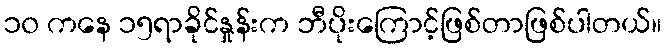
၁၀ ကနေ ၁၅ရာခိုင်နှုန်းက ဘီပိုးကြောင့်ဖြစ်တာဖြစ်ပါတယ်။